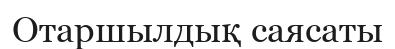
Отаршылдық саясаты